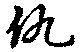
仇